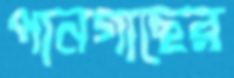
পানগাছের